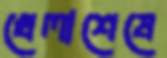
খেলাশেষে